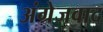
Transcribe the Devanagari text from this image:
अंग्रेजवाद